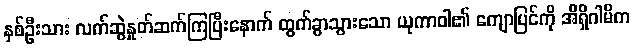
နှစ်ဦးသား လက်ဆွဲနှုတ်ဆက်ကြပြီးနောက် ထွက်ခွာသွားသော ယုကာဝါ၏ ကျောပြင်ကို အိရှိဂါမိက